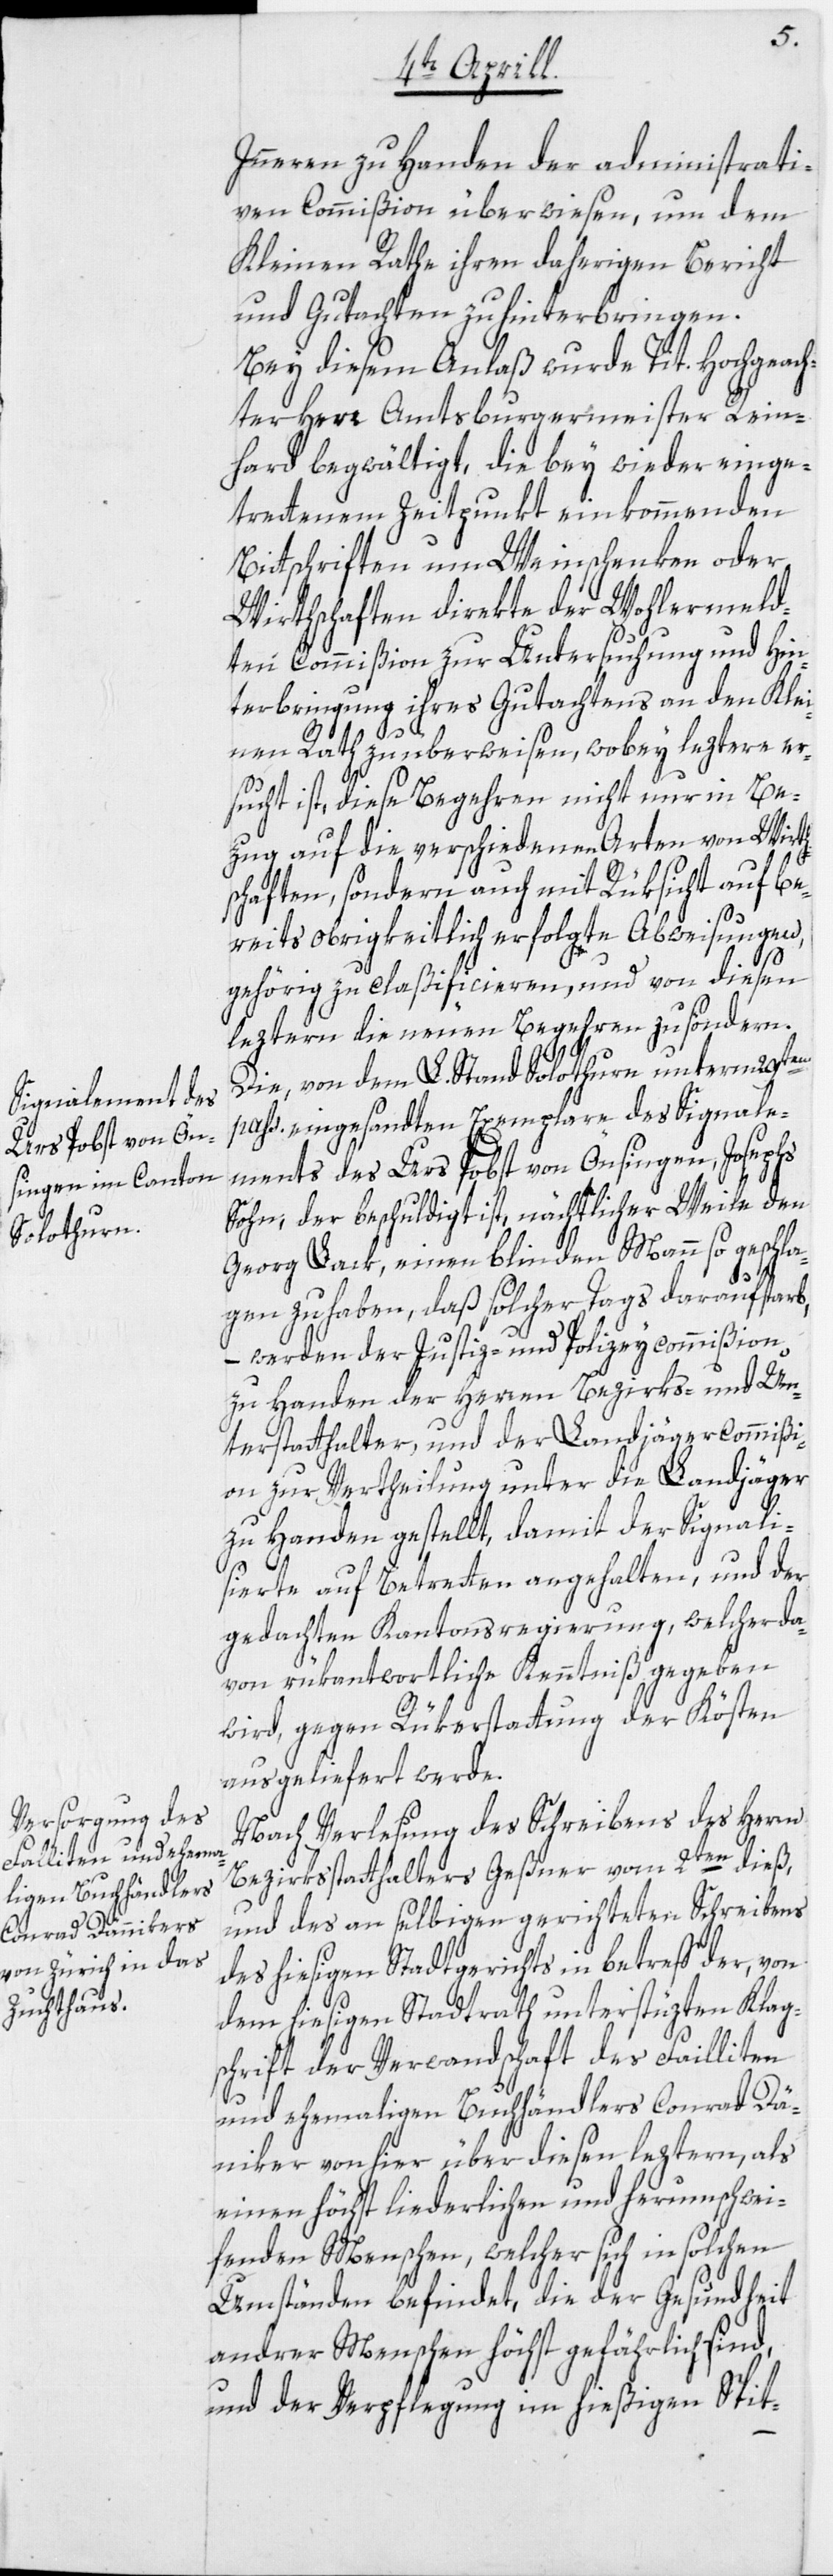
Inneren zu Handen der administrati¬
ven Commißion überwiesen, um dem
Kleinen Rathe ihren daherigen Bericht
und Gutachten zu hinterbringen.
Bey diesem Anlaß wurde Tit. Hochgeach¬
ter Herr Amtsburgermeister Rein¬
hard begwältigt, die bey wieder einge¬
trettenem Zeitpunkt einkommenden
Bittschriften um Weinschenken oder
Wirthschaften direkte der Wohlermeld¬
ten Commißion zur Untersuchung und Hin¬
terbringung ihres Gutachtens an den Klei¬
nen Rath zu überweisen, wobey leztere er¬
sucht ist, diese Begehren nicht nur in Be¬
zug auf die verschiedenen Arten von Wirth¬
schaften, sondern auch mit Rüksicht auf be¬
reits obrigkeitlich erfolgte Abweisungen,
gehörig zu claßificieren, und von diesen
leztern die neuen Begehren zu söndern.
Die, von dem L. Stand Solothurn unterm 29ten
pass. eingesandten Exemplare des Signale¬
ments des Urs Pobst von Önsingen, Josephs
Sohn, der beschuldigt ist, nächtlicher Weile den
Georg Sack, einen blinden Mann so geschla¬
gen zu haben, daß solcher Tags darauf starb,
niker
– werden der Justiz- und Polizeycommißion
zu Handen der Herren Bezirks- und Un¬
terstatthalter, und der Landjägercommißi¬
on zur Vertheilung unter die Landjäger
zu Handen gestellt, damit der Signali¬
sierte auf Betretten angehalten, und der
gedachten Kantonsregierung, welcher da¬
von rükantwortliche Kenntniß gegeben
wird, gegen Rükerstattung der Kösten
ausgeliefert werde.
Nach Verlesung des Schreibens des Herrn
Bezirksstatthalters Geßner vom 2ten dieß,
und des an selbigen gerichteten Schreibens
des hiesigen Stadtgerichts in betreff der, von
dem hiesigen Stadtrath unterstüzten Klag¬
schrift der Verwandschaft des Failliten
und ehemaligen Buchhändlers Conrad Dä¬
von hier über diesen leztern, als
einen höchst liederlichen und herumschwei¬
fenden Menschen, welcher sich in solchen
Umständen befindet, die der Gesundheit
andrer Menschen höchst gefährlich sind,
und der Verpflegung im hießigen Spit-